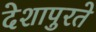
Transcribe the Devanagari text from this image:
देशापुरते